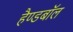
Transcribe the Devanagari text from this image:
हैण्डबॉल